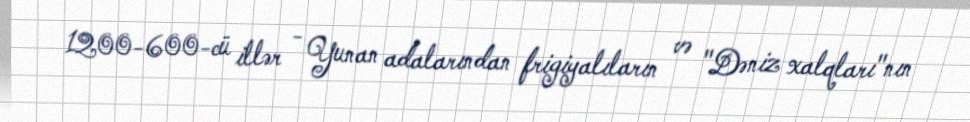
1200-600-cü illər - Yunan adalarından frigiyalıların və "Dəniz xalqları"nın